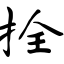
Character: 拴